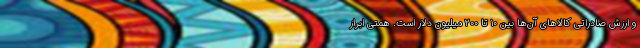
و ارزش صادراتی کالاهای آن‌ها بین ۱۰ تا ۲۰۰ میلیون دلار است. همتی ابراز